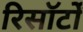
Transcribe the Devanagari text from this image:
रिसॉर्टों